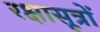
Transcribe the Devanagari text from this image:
रक्षासूत्रों